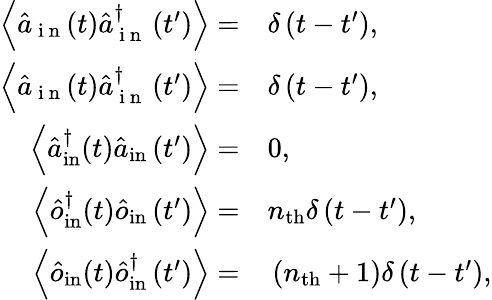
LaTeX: \begin{array}{rl}{\left\langle\hat{a}_{\mathrm{~i~n~}}(t)\hat{a}_{\mathrm{~i~n~}}^{\dagger}\left(t^{\prime}\right)\right\rangle=}&{{}\delta\left(t-t^{\prime}\right),}\\ {\left\langle\hat{a}_{\mathrm{~i~n~}}(t)\hat{a}_{\mathrm{~i~n~}}^{\dagger}\left(t^{\prime}\right)\right\rangle=}&{{}\delta\left(t-t^{\prime}\right),}\\ {\left\langle\hat{a}_{\mathrm{in}}^{\dagger}(t)\hat{a}_{\mathrm{in}}\left(t^{\prime}\right)\right\rangle=}&{{}0,}\\ {\left\langle\hat{o}_{\mathrm{in}}^{\dagger}(t)\hat{o}_{\mathrm{in}}\left(t^{\prime}\right)\right\rangle=}&{{}n_{\mathrm{th}}\delta\left(t-t^{\prime}\right),}\\ {\left\langle\hat{o}_{\mathrm{in}}(t)\hat{o}_{\mathrm{in}}^{\dagger}\left(t^{\prime}\right)\right\rangle=}&{{}\left(n_{\mathrm{th}}+1\right)\delta\left(t-t^{\prime}\right),}\end{array}